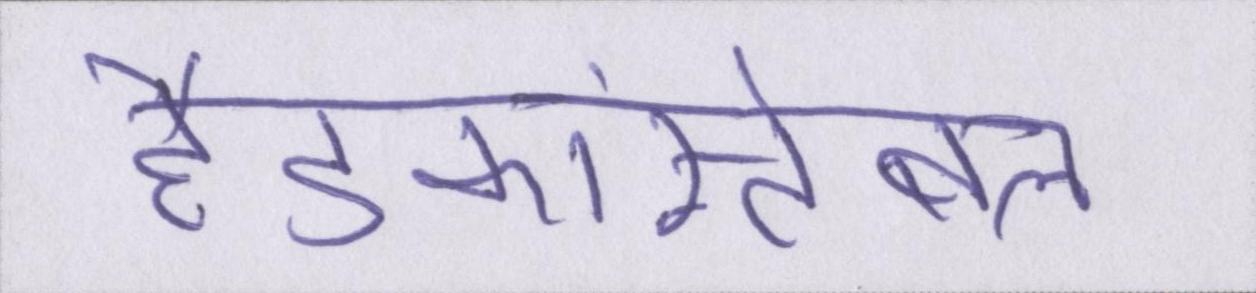
हैडकांस्टेबल